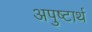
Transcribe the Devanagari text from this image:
अपुष्टार्थ